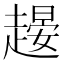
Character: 𧽉